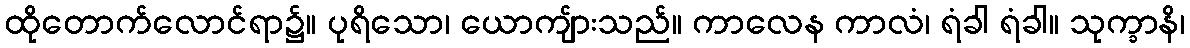
ထိုတောက်လောင်ရာ၌။ ပုရိသော၊ ယောကျ်ားသည်။ ကာလေန ကာလံ၊ ရံခါ ရံခါ။ သုက္ခာနိ၊